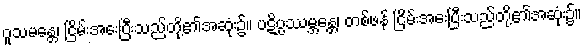
ဝူသမန္တေ၊ ငြိမ်းအေးပြီးသည်တို့၏အဆုံး၌။ ပဋိပ္ပဿမ္ဘန္တေ၊ တစ်ဖန် ငြိမ်းအေးပြီးသည်တို့၏အဆုံး၌။